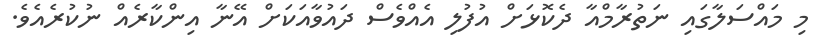
މި މައްސަލާގައި ނަތުރާމްއާ ދެކޮޅަށް އުފުލި އެއްވެސް ދައުވާއަކަށް އޭނާ އިންކާރެއް ނުކުރެއެވެ.